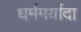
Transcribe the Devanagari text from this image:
धर्ममर्यादा